Reports on dispensaries and lunatic asylums in the Province of Oudh - 1869-1876
Year: 1869
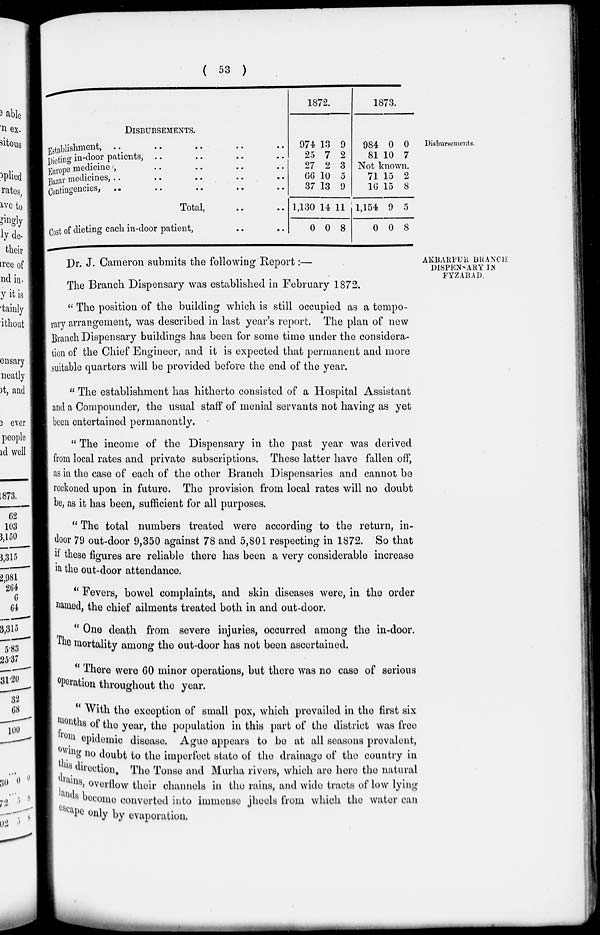
( 53 )
Disbursements.
DISBURSEMENTS.
Establishment, .. .. .. .. ..
Dieting in-door patients, .. .. .. ..
Europe medicine , .. .. .. ..
Bazar medicines , .. .. .. .. ..
Contingencies, .. .. .. .. ..
Total, .. ..
Cost of dieting each in-door patient, .. ..
1872.
974
25
27
66
37
1,130
0
13
7
2
10
13
14
0
9
2
3
5
9
11
8
1873.
984
81
0
10
0
7
Not known.
71
16
1,154
0
15
15
9
0
2
8
5
8
AKBARPUR BRANCH
DISPENSARY IN
FYZABAD.
Dr. J. Cameron submits the following Report :—
The Branch Dispensary was established in February 1872.
" The position of the building which is still occupied as a tempo-
rary arrangement, was described in last year's report. The plan of new
Branch Dispensary buildings has been for some time under the considera-
tion of the Chief Engineer, and it is expected that permanent and more
suitable quarters will be provided before the end of the year.
" The establishment has hitherto consisted of a Hospital Assistant
and a Compounder, the usual staff of menial servants not having as yet
been entertained permanently.
" The income of the Dispensary in the past year was derived
from local rates and private subscriptions. These latter have fallen off,
as in the case of each of the other Branch Dispensaries and cannot be
reckoned upon in future. The provision from local rates will no doubt
be, as it has been, sufficient for all purposes.
" The total numbers treated were according to the return, in-
door 79 out-door 9,350 against 78 and 5,801 respecting in 1872. So that
if these figures are reliable there has been a very considerable increase
in the out-door attendance.
" Fevers, bowel complaints, and skin diseases were, in the order
named , the chief ailments treated both in and out-door.
" One death from severe injuries, occurred among the in-door.
The mortality among the out-door has not been ascertained.
'' There were 60 minor operations, but there was no case of serious
operation throughout the year.
With the exception of small pox, which prevailed in the first six
months of the year, the population in this part of the district was free
from epidemic disease. Ague appears to be at all seasons prevalent,
owing no doubt to the imperfect state of the drainage of the country in
this direction. The Tonse and Murha rivers, which are here the natural
drains, overflow their channels in the rains, and wide tracts of low lying
lands become converted into immense jheels from which the water can
escape only by evaporation.